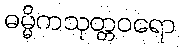
ဓမ္မိကသုတ္တဝရော